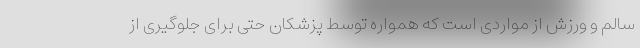
سالم و ورزش از مواردی است که همواره توسط پزشکان حتی برای جلوگیری از